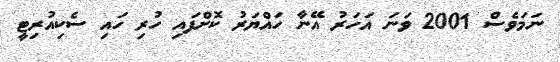
ނަމަވެސް 2001 ވަނަ އަހަރު އޭނާ ހައްޔަރު ކޮށްފައި ހުރި ހައި ސެކިއުރިޓީ